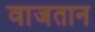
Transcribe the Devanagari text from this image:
वाजतान